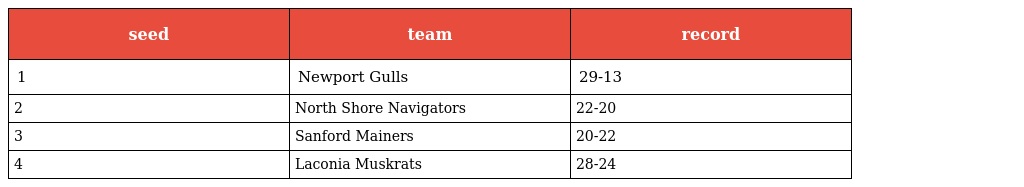
| seed | team | record |
 | --- | --- | --- |
 | 1 | Newport Gulls | 29-13 |
 | 2 | North Shore Navigators | 22-20 |
 | 3 | Sanford Mainers | 20-22 |
 | 4 | Laconia Muskrats | 28-24 |